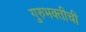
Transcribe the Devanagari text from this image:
गुरुभक्तीची